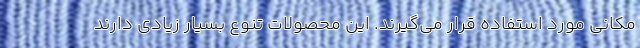
مکانی مورد استفاده قرار می‌گیرند. این محصولات تنوع بسیار زیادی دارند